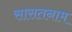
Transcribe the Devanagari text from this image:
सासतनाम